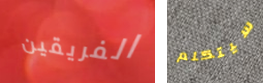
الفريقين سيتكلم